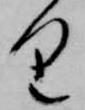
り